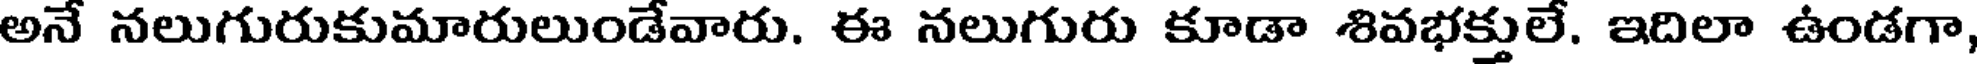
అనే నలుగురుకుమారులుండేవారు. ఈ నలుగురు కూడా శివభక్తులే. ఇదిలా ఉండగా